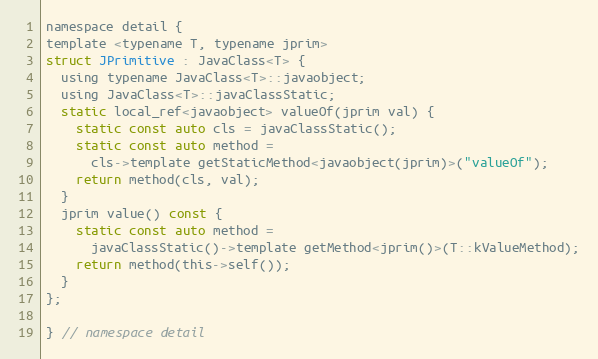
Language: C
namespace detail {
template <typename T, typename jprim>
struct JPrimitive : JavaClass<T> {
  using typename JavaClass<T>::javaobject;
  using JavaClass<T>::javaClassStatic;
  static local_ref<javaobject> valueOf(jprim val) {
    static const auto cls = javaClassStatic();
    static const auto method =
      cls->template getStaticMethod<javaobject(jprim)>("valueOf");
    return method(cls, val);
  }
  jprim value() const {
    static const auto method =
      javaClassStatic()->template getMethod<jprim()>(T::kValueMethod);
    return method(this->self());
  }
};

} // namespace detail